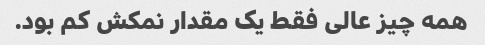
همه چیز عالی فقط یک مقدار نمکش کم بود.